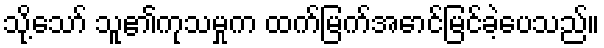
သို့သော် သူ၏ကုသမှုက ထက်မြက်အောင်မြင်ခဲ့ပေသည်။